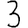
Digit: 3